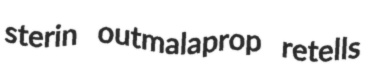
sterin outmalaprop retells